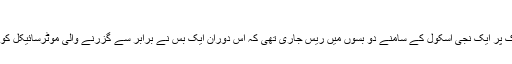
ویڈیودیکھنے کےلیےپلےکابٹن دبائیں
تفصیلات کے مطابق کراچی کے علاقے ایم اے جناح روڈ سے نمائش جانے والی سڑک پر ایک نجی اسکول کے سامنے دو بسوں میں ریس جاری تھی کہ اس دوران ایک بس نے برابر سے گزرنے والی موٹرسائیکل کو ٹکر مار دی جس کے نتیجے میں موٹرسائیکل پر سوار چھ سالہ بچی جاں بحق ہوگئی۔